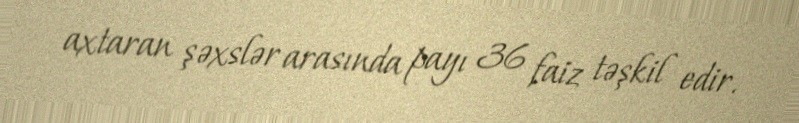
axtaran şəxslər arasında payı 36 faiz təşkil edir.